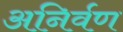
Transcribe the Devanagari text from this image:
अनिर्वण